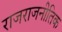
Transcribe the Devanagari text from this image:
राजराजनीतिक